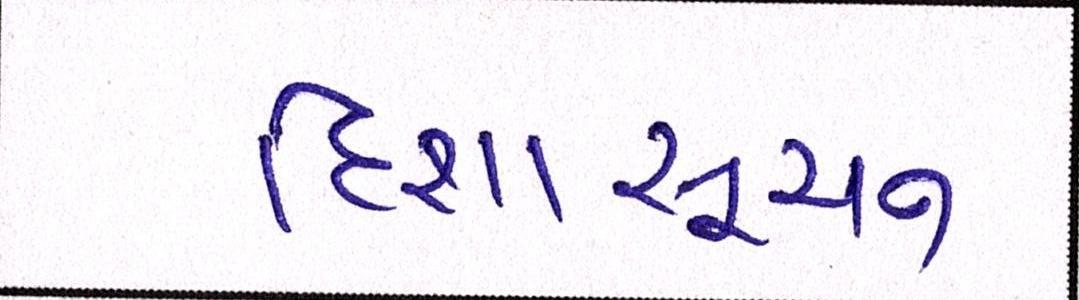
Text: દિશાસૂચન